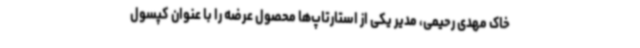
خاک مهدی رحیمی، مدیر یکی از استارتاپ‌ها محصول عرضه را با عنوان کپسول